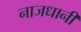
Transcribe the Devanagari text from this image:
नाजधानी